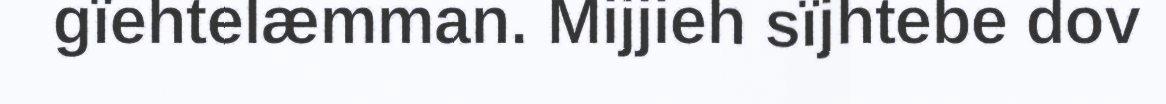
gïehtelæmman. Mijjieh sïjhtebe dov